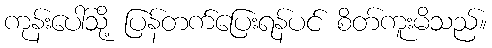
ကုန်းပေါ်သို့ ပြန်တက်ပြေးရန်ပင် စိတ်ကူးမိသည်။